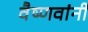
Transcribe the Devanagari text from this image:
वैष्णवांनी